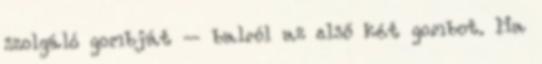
szolgáló gombját – balról az első két gombot. Ha